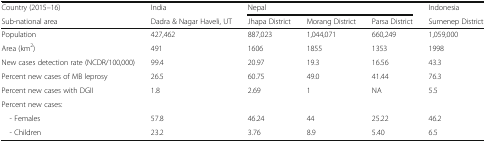
| Country (2015–16) | India | <COLSPAN=3> Nepal | Indonesia |
 | Sub-national area | Dadra & Nagar Haveli, UT | Jhapa District | Morang District | Parsa District | Sumenep District |
 | --- | --- | --- | --- | --- | --- |
 | Population | 427,462 | 887,023 | 1,044,071 | 660,249 | 1,059,000 |
 | Area (km2) | 491 | 1606 | 1855 | 1353 | 1998 |
 | New cases detection rate (NCDR/100,000) | 99.4 | 20.97 | 19.3 | 16.56 | 43.3 |
 | Percent new cases of MB leprosy | 26.5 | 60.75 | 49.0 | 41.44 | 76.3 |
 | Percent new cases with DGII | 1.8 | 2.69 | 1 | NA | 5.5 |
 | <COLSPAN=6> Percent new cases: |
 | - Females | 57.8 | 46.24 | 44 | 25.22 | 46.2 |
 | - Children | 23.2 | 3.76 | 8.9 | 5.40 | 6.5 |